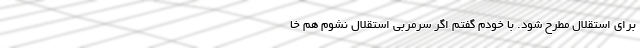
برای استقلال مطرح شود. با خودم گفتم اگر سرمربی استقلال نشوم هم خا